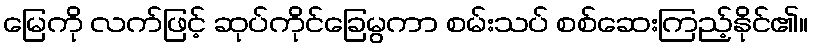
မြေကို လက်ဖြင့် ဆုပ်ကိုင်ခြေမွကာ စမ်းသပ် စစ်ဆေးကြည့်နိုင်၏။